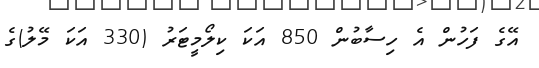
އޭގެ ފަހުން އެ ހިސާބުން 850 އަކަ ކިލޯމީޓަރު (330 އަކަ މޭލު)ގެ